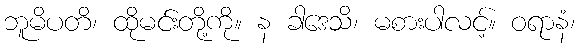
ဘူမိပတိ၊ ထိုမင်းတို့ကို။ န ခါဒေသိ၊ မစားပါလင့်။ ဝရာနံ၊